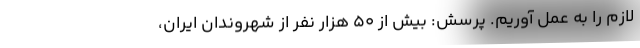
لازم را به عمل آوریم. پرسش: بیش از 50 هزار نفر از شهروندان ایران،